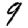
Digit: 9